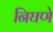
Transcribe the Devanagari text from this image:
निघणे